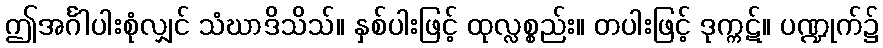
ဤအင်္ဂါပါးစုံလျှင် သံဃာဒိသိသ်။ နှစ်ပါးဖြင့် ထုလ္လစ္စည်း။ တပါးဖြင့် ဒုက္ကဋ်။ ပဏ္ဍုက်၌